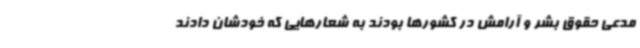
مدعی حقوق بشر و آرامش در کشورها بودند به شعارهایی که خودشان دادند